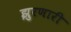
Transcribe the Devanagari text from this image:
झुरणारी